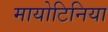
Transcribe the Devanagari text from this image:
मायोटिनिया